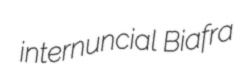
internuncial Biafra